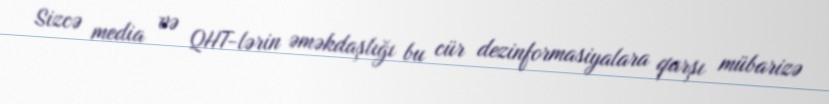
Sizcə media və QHT-lərin əməkdaşlığı bu cür dezinformasiyalara qarşı mübarizə